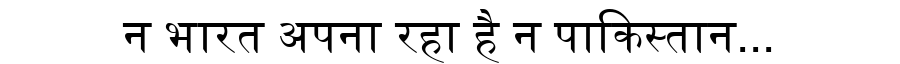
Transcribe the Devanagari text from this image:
न भारत अपना रहा है न पाकिस्तान...